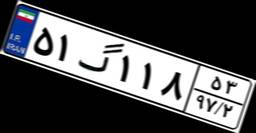
۴۲گ۷۶۷۲۱